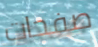
صفحات